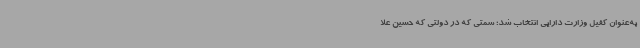
به‌عنوان کفیل وزارت دارایی انتخاب شد؛ سمتی که در دولتی که حسین علا